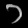
Digit: ၁